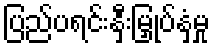
ပြည်ပရင်းနှီးမြှုပ်နှံမှု